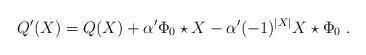
LaTeX: \begin{align*}Q'(X)=Q(X)+\alpha'\Phi_0\star X-\alpha'(-1)^{|X|}X\star \Phi_0 \ .\end{align*}